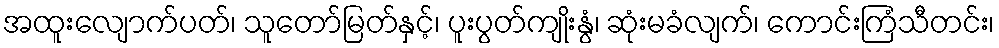
အထူးလျောက်ပတ်၊ သူတော်မြတ်နှင့်၊ ပူးပွတ်ကျိုးနွံ၊ ဆုံးမခံလျက်၊ ကောင်းကြံသီတင်း၊